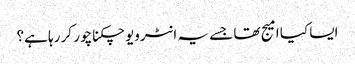
ایسا کیا امیج تھا جسے یہ انٹرویو چکناچور کر رہا ہے؟